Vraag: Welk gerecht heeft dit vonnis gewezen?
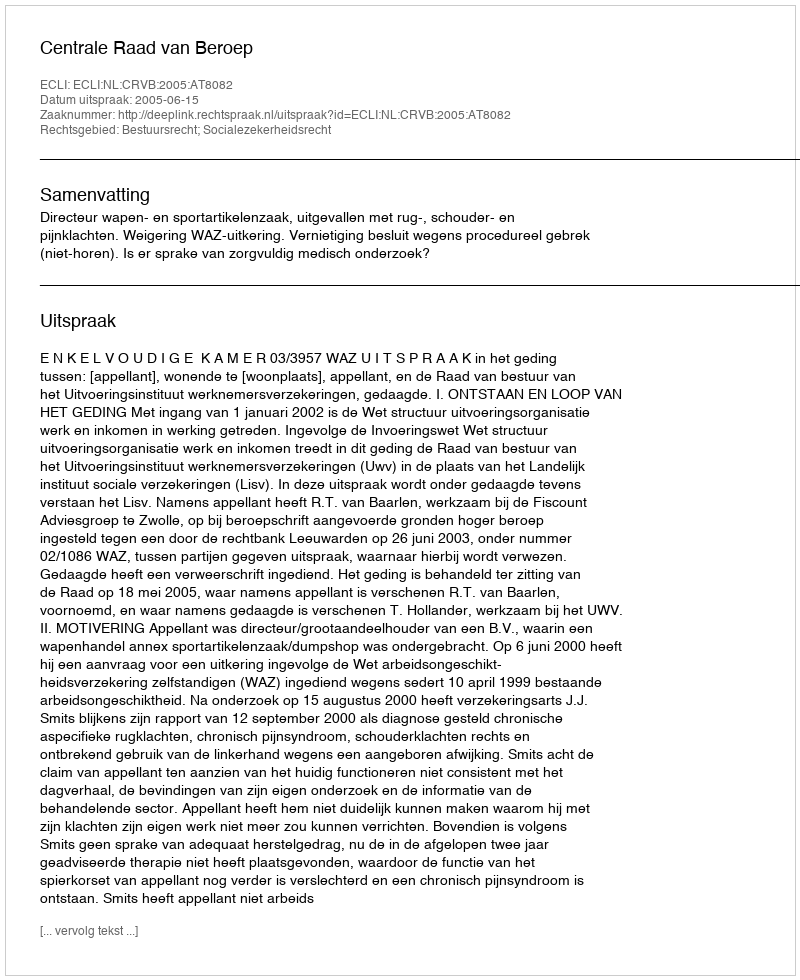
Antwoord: Centrale Raad van Beroep